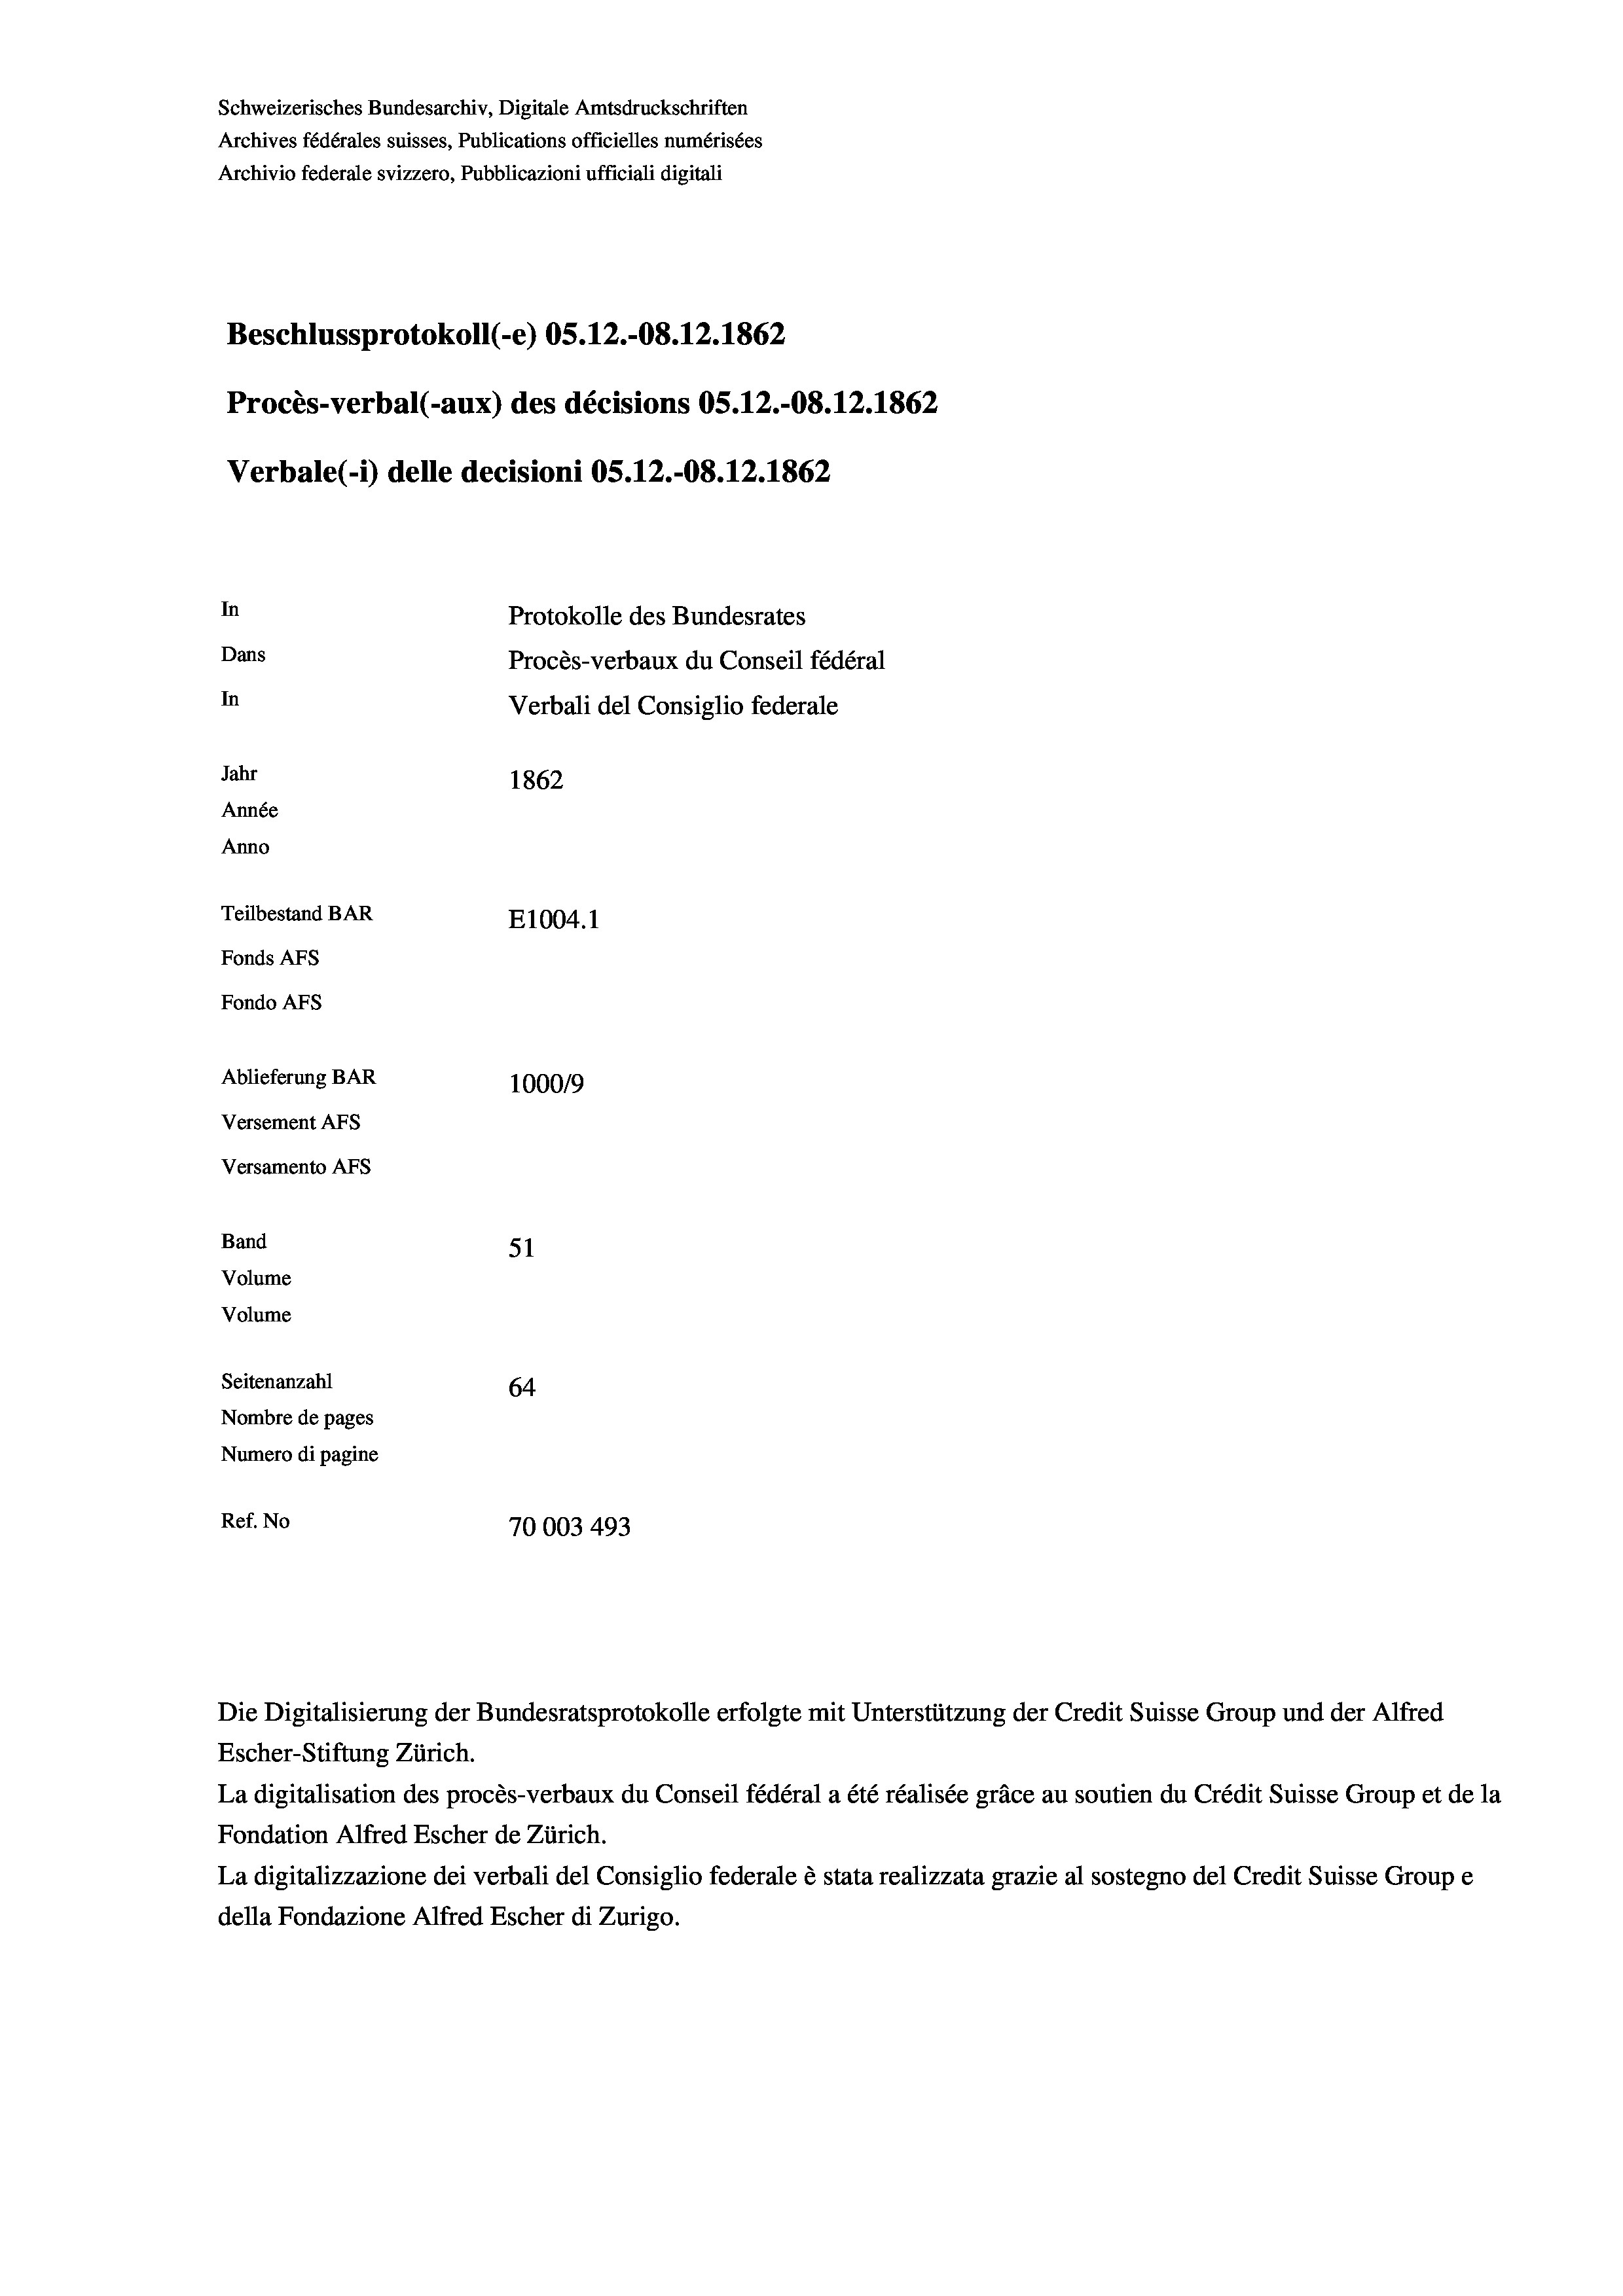
Procès-verbal (-aux) des décisions OS.12.-08.12.1862
In
Protokolle des Bundesrates
Dans
Procès-verbaux du Conseil fédéral
In
Verbali del Consiglio federale
Jahr
1862
Année
Anno
Teilbestand BAR
E1004. 1
Fonds AFs
Fondo AFS
Ablieferung BAR
100019
Versement AFs
Versamento AFs

Beschlussprotokoll (-e) OS.12.-08. 12. 1862
Verbale(-*) delle decisioni OS.12.-08. 12. 1862

Band
Volume
Volume

Schweizerisches Bundesarchiv, Digitale Amtsdruckschriften
Archives fédérales suisses, Publications officielles numérisées
Archivio federale svizzero, Pubblicazioni ufficiali digitali

51
Seitenanzahl
64
Nombre de pages
Numero di pagine
Ref. No
70003 493

Die Digitalisierung der Bundesratsprotokolle erfolgte mit Unterstützung der Credit Suisse Group und der Alfred
Escher-Stiftung Zürich.
La digitalisation des procès-verbaux du Conseil fédéral a été réalisée gräce au soutien du Crédit Suisse Group et de la
Fondation Alfred Escher de Zürich.
La digitalizzazione dei verbali del Consiglio federale è stata realizzata grazie al sostegno del Credit Suisse Groupe
della Fondazione Alfred Escher di Zurigo.